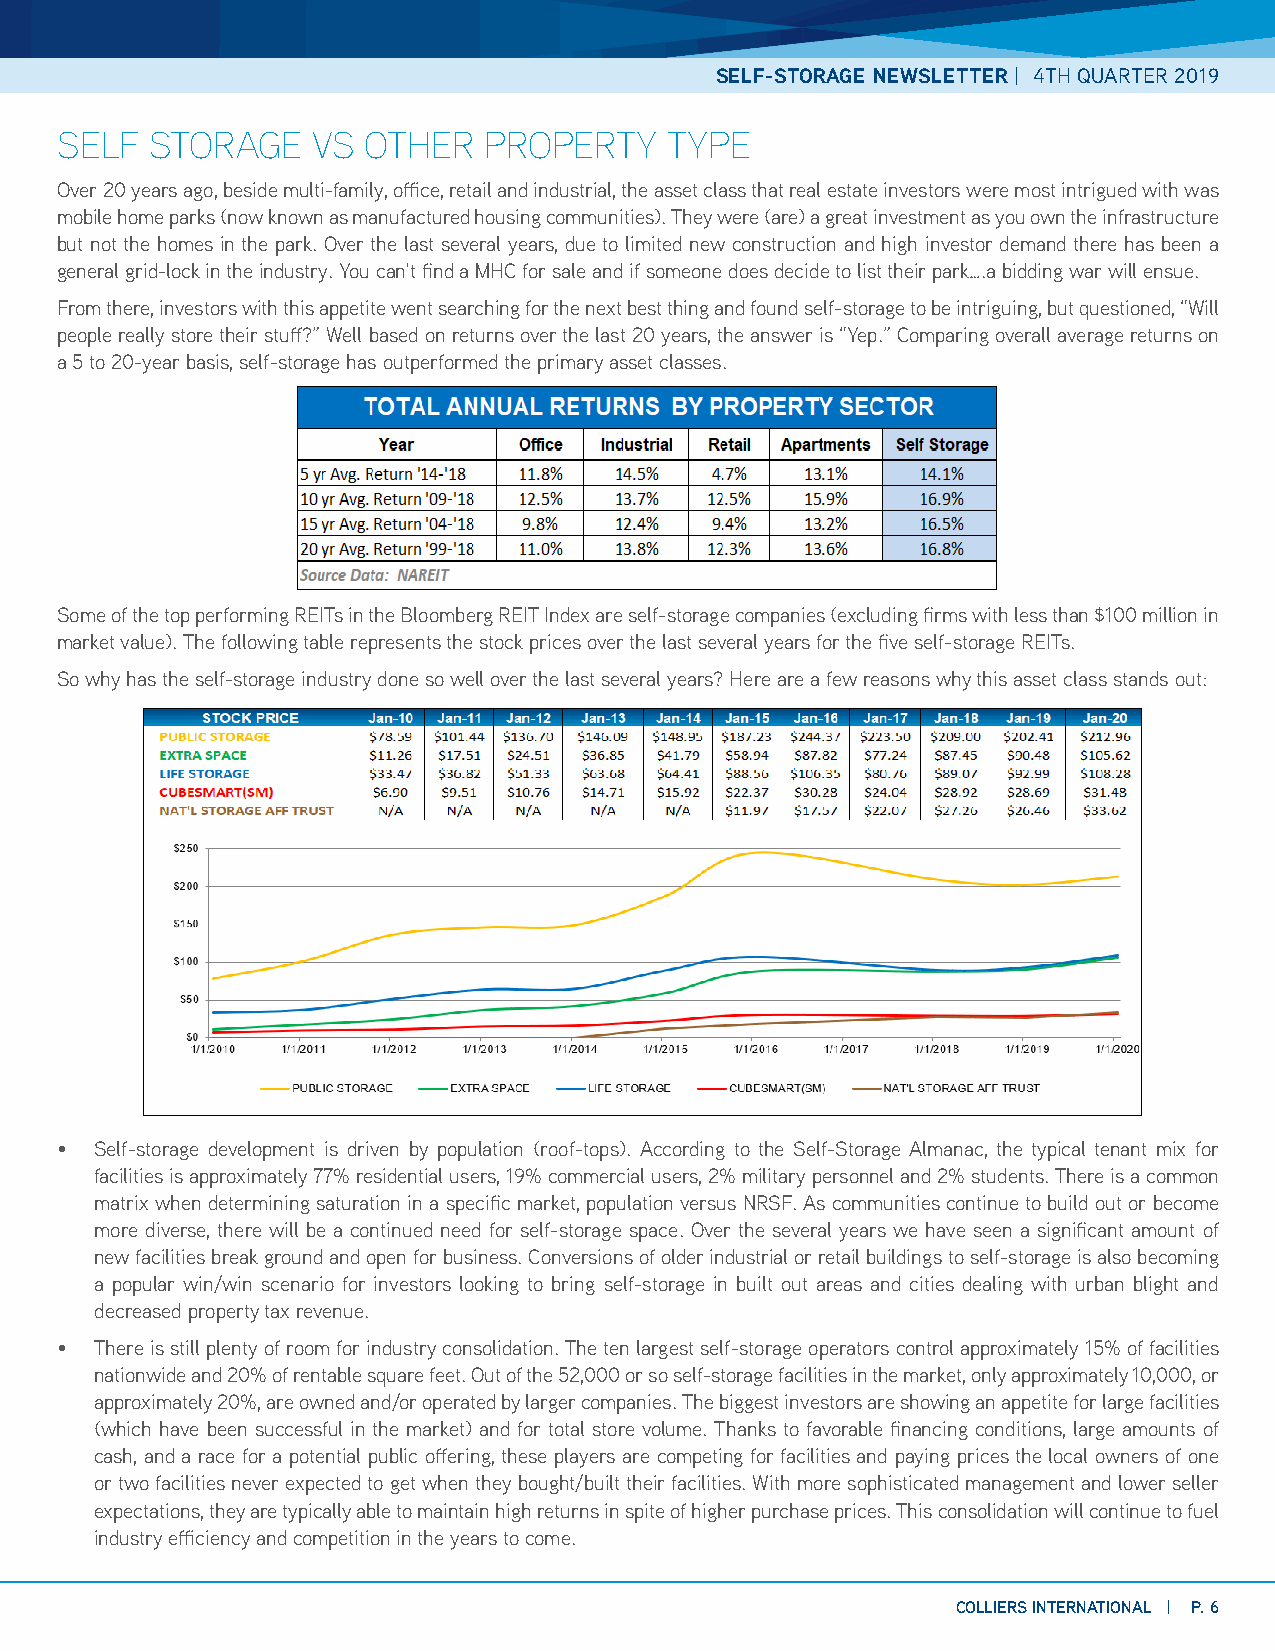
SELF-STORAGE NEWSLETTER | 4TH QUARTER 2019
 SELF  STORAGE    VS OTHER   PROPERTY    TYPE
 Over 20 years ago, beside multi-family, office, retail and industrial, the asset class that real estate investors were most intrigued with was
 mobile home parks (now known as manufactured housing communities). They were (are) a great investment as you own the infrastructure
 but not the homes in the park. Over the last several years, due to limited new construction and high investor demand there has been a
 general grid-lock in the industry. You can’t find a MHC for sale and if someone does decide to list their park….a bidding war will ensue.
 From there, investors with this appetite went searching for the next best thing and found self-storage to be intriguing, but questioned, “Will
 people really store their stuff?” Well based on returns over the last 20 years, the answer is “Yep.” Comparing overall average returns on
 a 5 to 20-year basis, self-storage has outperformed the primary asset classes.
 Some of the top performing REITs in the Bloomberg REIT Index are self-storage companies (excluding firms with less than $100 million in
 market value). The following table represents the stock prices over the last several years for the five self-storage REITs.
 So why has the self-storage industry done so well over the last several years? Here are a few reasons why this asset class stands out:
 • Self-storage development is driven by population (roof-tops). According to the Self-Storage Almanac, the typical tenant mix for
 facilities is approximately 77% residential users, 19% commercial users, 2% military personnel and 2% students. There is a common
 matrix when determining saturation in a specific market, population versus NRSF. As communities continue to build out or become
 more diverse, there will be a continued need for self-storage space. Over the several years we have seen a significant amount of
 new facilities break ground and open for business. Conversions of older industrial or retail buildings to self-storage is also becoming
 a popular win/win scenario for investors looking to bring self-storage in built out areas and cities dealing with urban blight and
 decreased property tax revenue.
 • There is still plenty of room for industry consolidation. The ten largest self-storage operators control approximately 15% of facilities
 nationwide and 20% of rentable square feet. Out of the 52,000 or so self-storage facilities in the market, only approximately 10,000, or
 approximately 20%, are owned and/or operated by larger companies. The biggest investors are showing an appetite for large facilities
 (which have been successful in the market) and for total store volume. Thanks to favorable financing conditions, large amounts of
 cash, and a race for a potential public offering, these players are competing for facilities and paying prices the local owners of one
 or two facilities never expected to get when they bought/built their facilities. With more sophisticated management and lower seller
 expectations, they are typically able to maintain high returns in spite of higher purchase prices. This consolidation will continue to fuel
 industry efficiency and competition in the years to come.
 COLLIERS INTERNATIONAL | P. 6